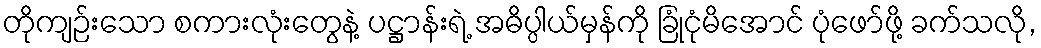
တိုကျဉ်းသော စကားလုံးတွေနဲ့ ပဋ္ဌာန်းရဲ့ အဓိပ္ပါယ်မှန်ကို ခြုံငုံမိအောင် ပုံဖော်ဖို့ ခက်သလို,